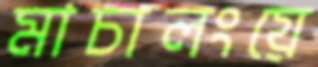
মাচালংয়ে